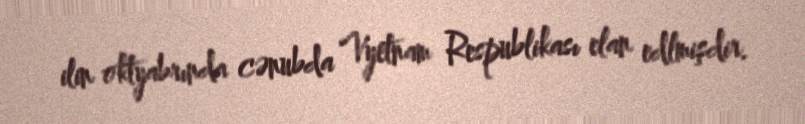
ilin oktyabrında cənubda Vyetnam Respublikası elan edlmişdir.